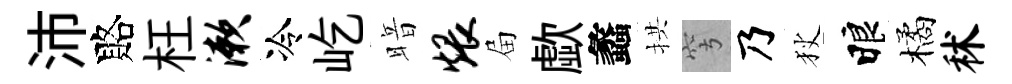
沛賂枉漱冷屹暗煨屇歔蠡拱穹乃狄睱橘秫